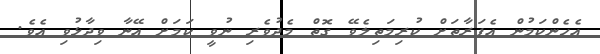
އެހެންކަމުން އެފަރާތަށް ކުރިމަތިލެވޭ ގޮތް މެދުވެރި ނުވީ ކަމަށް އޭނާ ވިދާޅުވި އެވެ.